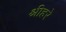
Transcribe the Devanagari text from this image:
श्रीहरे